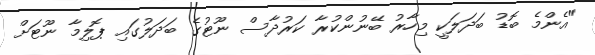
"އެންމެ ބޮޑު ބަދަލަކީ މިހާރު ބޭނުންކުރާ ކަރުދާސް ނޫޓުގެ ބަދަލުގައި ޕޮލިމާ ނޫޓަށް